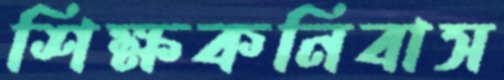
শিক্ষকনিবাস